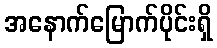
အနောက်မြောက်ပိုင်းရှိ